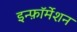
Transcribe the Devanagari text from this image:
इन्फ़ॉर्मेशन